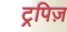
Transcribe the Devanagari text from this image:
ट्रपिज़